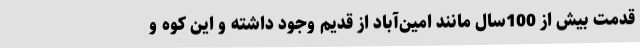
قدمت بیش از 100سال مانند امین‌آباد از قدیم وجود داشته و این کوه و